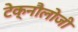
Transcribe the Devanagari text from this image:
टेक्नौलोजी